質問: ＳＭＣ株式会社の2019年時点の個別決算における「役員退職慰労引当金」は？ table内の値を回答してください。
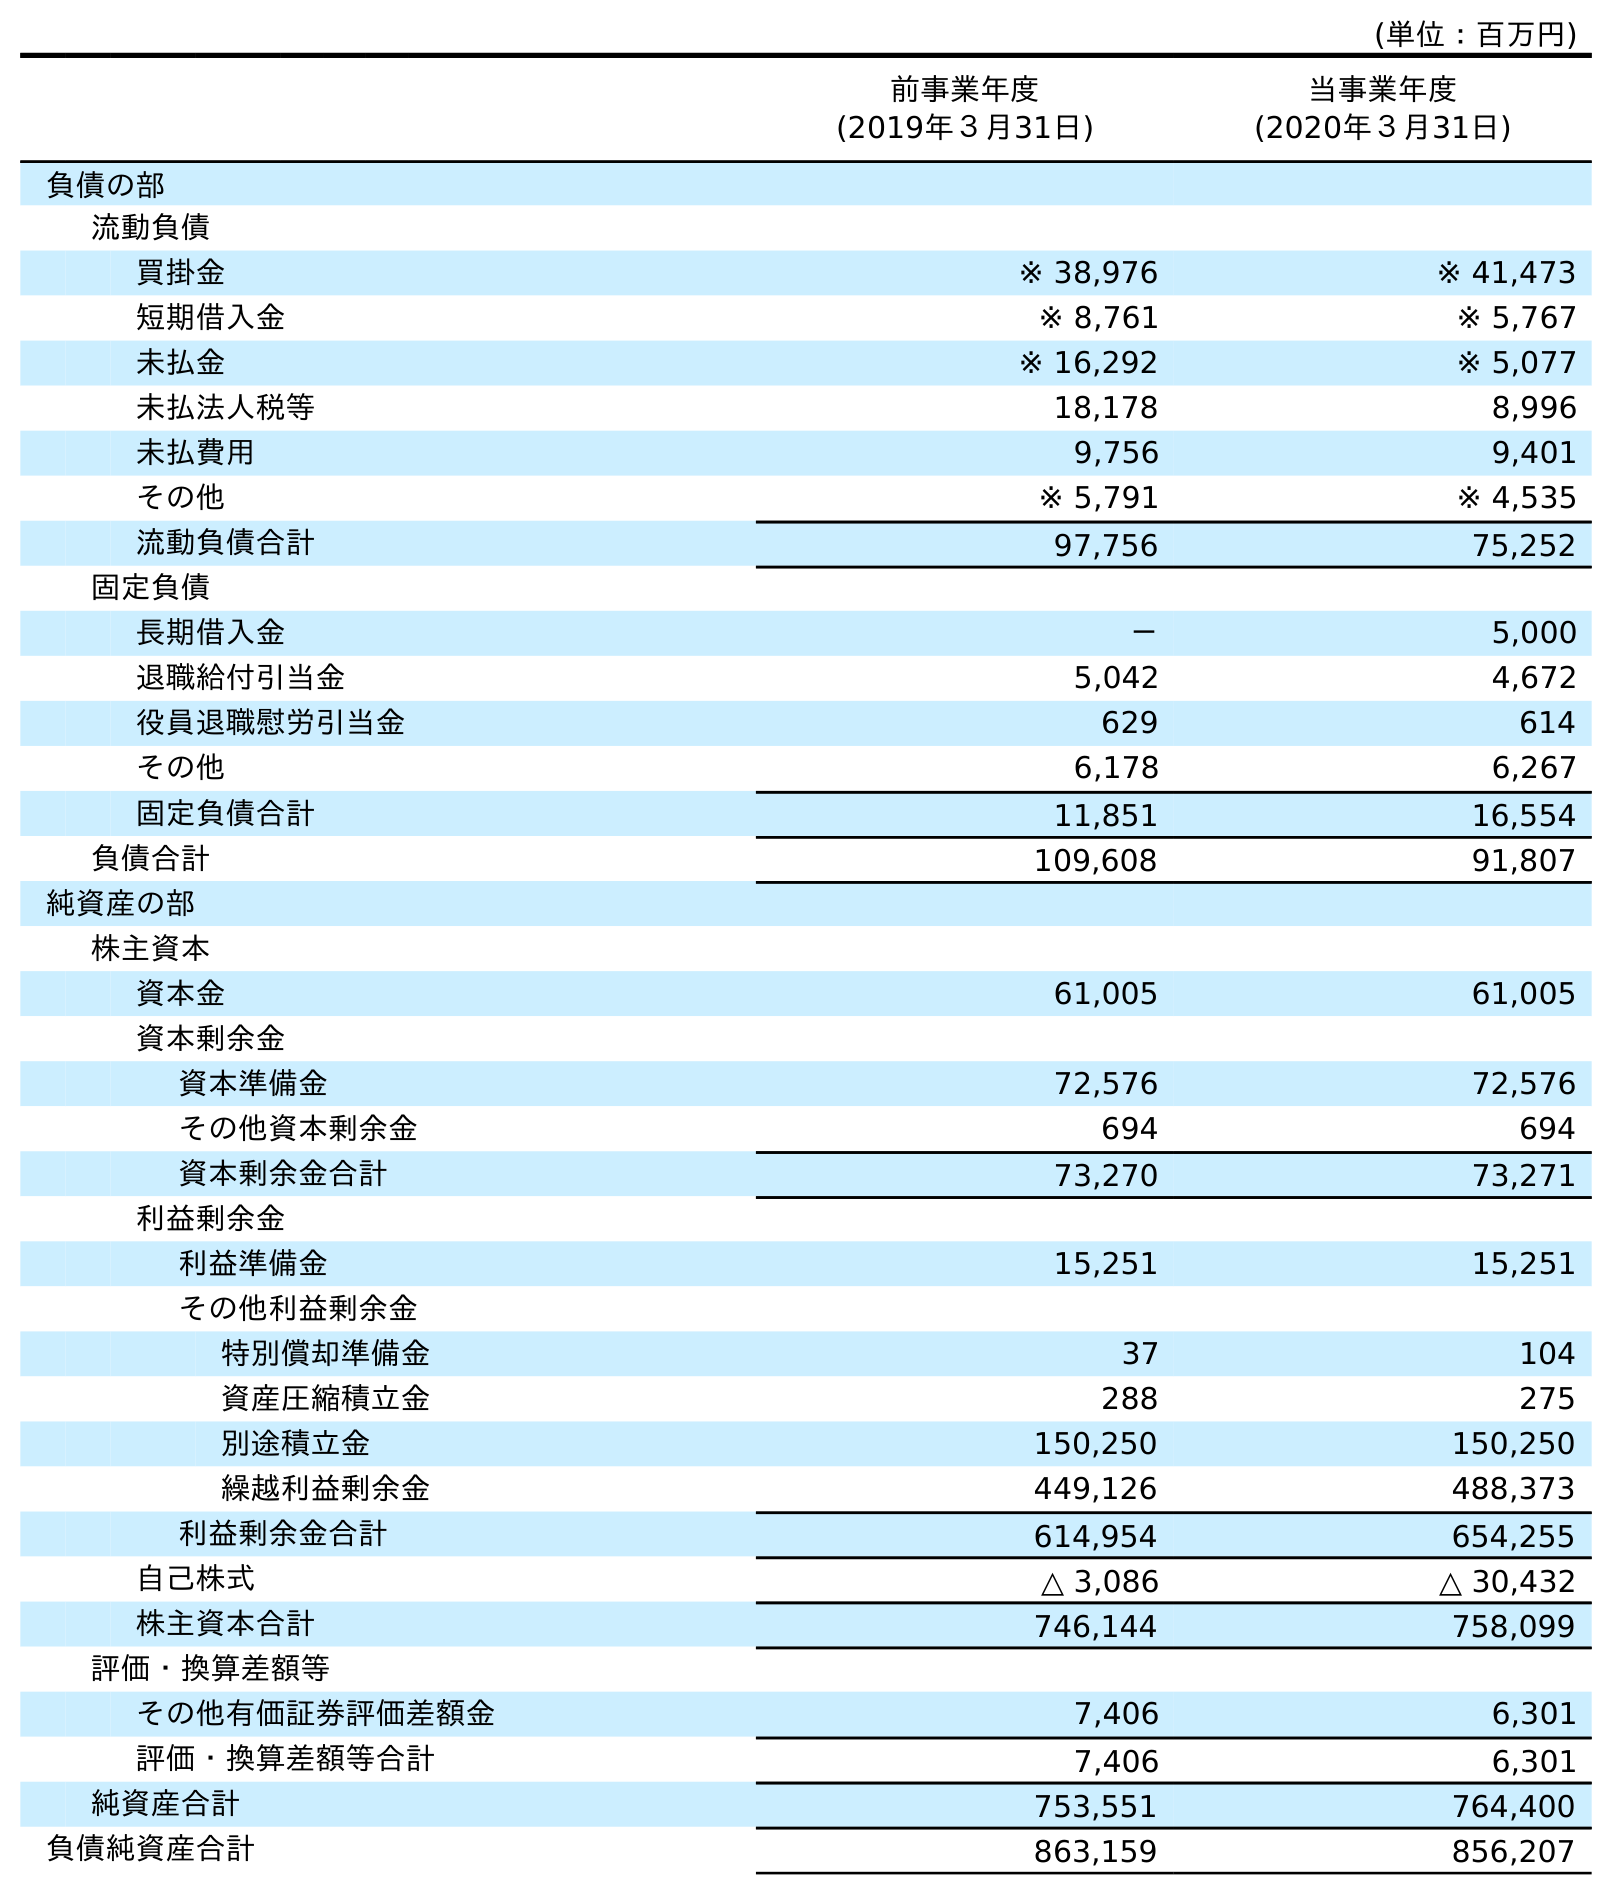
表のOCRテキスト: (単位：百万円) 前事業年度 (2019年３月31日) 当事業年度 (2020年３月31日) 負債の部 流動負債 買掛金 ※ 38,976 ※ 41,473 短期借入金 ※ 8,761 ※ 5,767 未払金 ※ 16,292 ※ 5,077 未払法人税等 18,178 8,996 未払費用 9,756 9,401 その他 ※ 5,791 ※ 4,535 流動負債合計 97,756 75,252 固定負債 長期借入金 － 5,000 退職給付引当金 5,042 4,672 役員退職慰労引当金 629 614 その他 6,178 6,267 固定負債合計 11,851 16,554 負債合計 109,608 91,807 純資産の部 株主資本 資本金 61,005 61,005 資本剰余金 資本準備金 72,576 72,576 その他資本剰余金 694 694 資本剰余金合計 73,270 73,271 利益剰余金 利益準備金 15,251 15,251 その他利益剰余金 特別償却準備金 37 104 資産圧縮積立金 288 275 別途積立金 150,250 150,250 繰越利益剰余金 449,126 488,373 利益剰余金合計 614,954 654,255 自己株式 △ 3,086 △ 30,432 株主資本合計 746,144 758,099 評価・換算差額等 その他有価証券評価差額金 7,406 6,301 評価・換算差額等合計 7,406 6,301 純資産合計 753,551 764,400 負債純資産合計 863,159 856,207
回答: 629